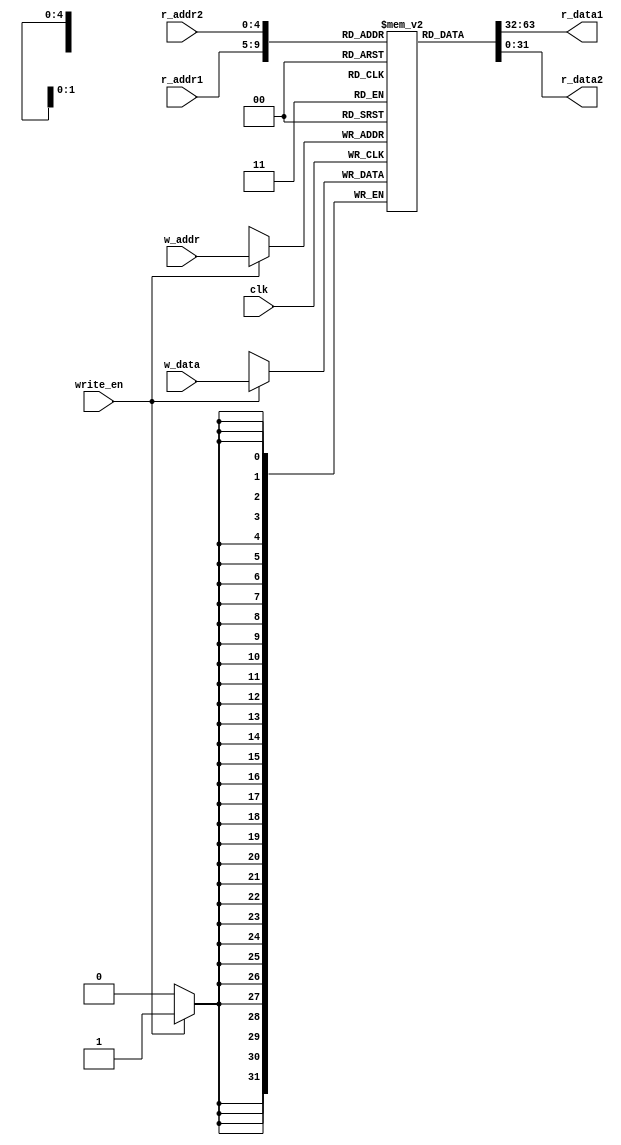
module register_memory
#(
    parameter B = 32,
    parameter N = 5
)
(
    input wire clk,
    input wire [N-1:0] r_addr1,
    input wire [N-1:0] r_addr2,
    input wire [N-1:0] w_addr,
    input wire [B-1:0] w_data,
    input wire write_en,
    output wire [B-1:0] r_data1,
    output wire [B-1:0] r_data2
);

reg [B-1 : 0] mem [0 : 2**(N)-1];

assign r_data1 = mem[r_addr1];
assign r_data2 = mem[r_addr2];

initial begin
    mem[0] = 0;
    mem[1] = 1;
    mem[2] = 4;
    mem[3] = 2;
    // mem[1] = 15;
end

always @(posedge clk) begin
    if(write_en) begin
        mem[w_addr] = w_data;
        // $display($time, "\t %0d, %0d", w_addr, mem[w_addr]);
    end
end

// always @* begin
//     $display($time, "\t value at address %d: %d", r_addr1, $signed(mem[r_addr1]));
// end

endmodule